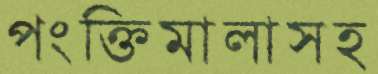
পংক্তিমালাসহ